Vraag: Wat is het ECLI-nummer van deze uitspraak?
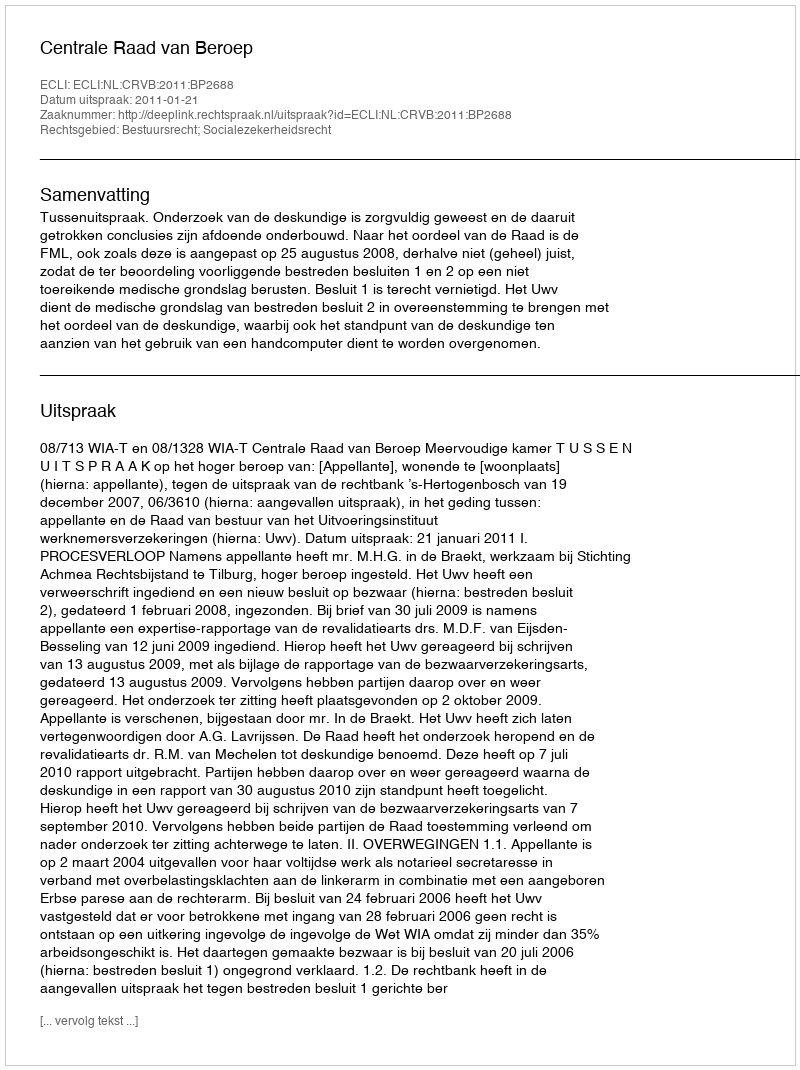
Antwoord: ECLI:NL:CRVB:2011:BP2688